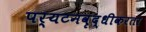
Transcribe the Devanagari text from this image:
पर्यटनवृद्धीकरता